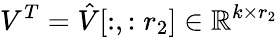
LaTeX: V^{T}=\hat{V}[:,:r_{2}]\in\mathbb{R}^{k\times r_{2}}